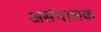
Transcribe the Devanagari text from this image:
असंचालक